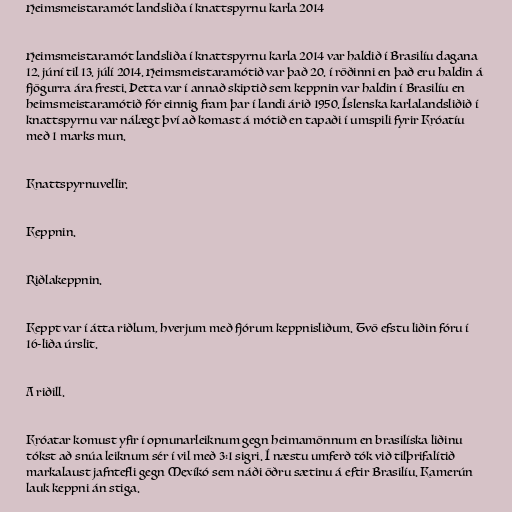
Heimsmeistaramót landsliða í knattspyrnu karla 2014

Heimsmeistaramót landsliða í knattspyrnu karla 2014 var haldið í Brasilíu dagana
12. júní til 13. júlí 2014. Heimsmeistaramótið var það 20. í röðinni en það eru haldin á
fjögurra ára fresti. Þetta var í annað skiptið sem keppnin var haldin í Brasilíu en
heimsmeistaramótið fór einnig fram þar í landi árið 1950. Íslenska karlalandsliðið í
knattspyrnu var nálægt því að komast á mótið en tapaði í umspili fyrir Króatíu
með 1 marks mun.

Knattspyrnuvellir.

Keppnin.

Riðlakeppnin.

Keppt var í átta riðlum, hverjum með fjórum keppnisliðum. Tvö efstu liðin fóru í
16-liða úrslit.

A riðill.

Króatar komust yfir í opnunarleiknum gegn heimamönnum en brasilíska liðinu
tókst að snúa leiknum sér í vil með 3:1 sigri. Í næstu umferð tók við tilþrifalítið
markalaust jafntefli gegn Mexíkó sem náði öðru sætinu á eftir Brasilíu. Kamerún
lauk keppni án stiga.